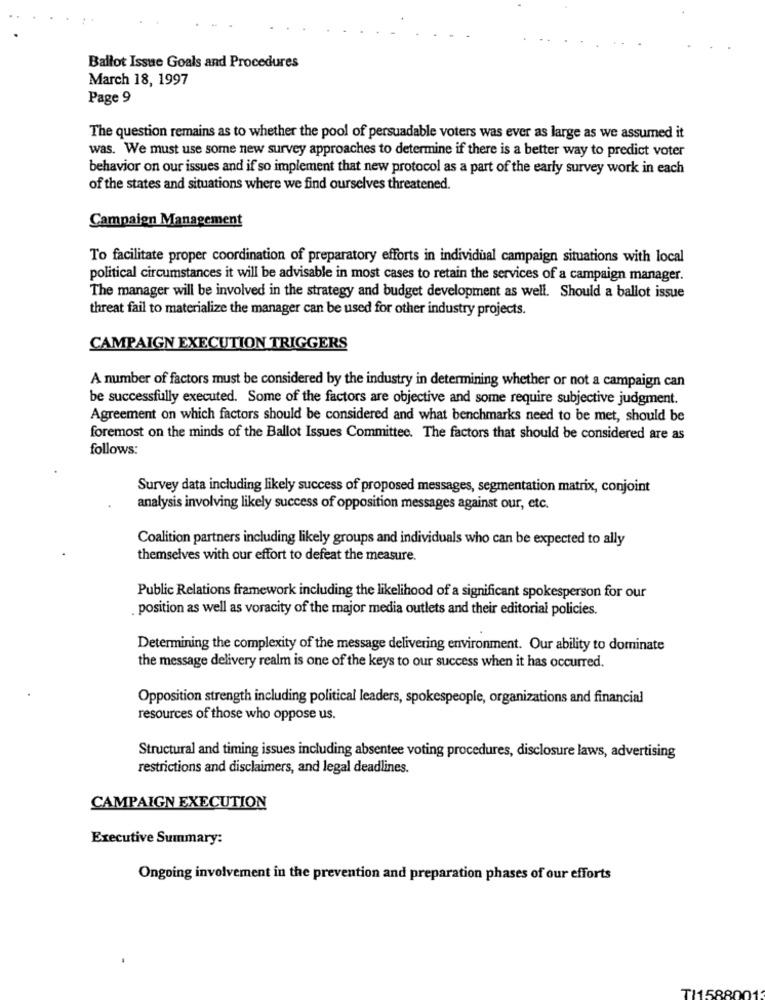
Ballot Issue Goals and Procedures
March 18, 1997
Page 9
The question remains as to whether the pool of persuadable voters was ever as large as we assumed it
was. We must use some new survey approaches to determine if there is a better way to predict voter
behavior on our issues and if so implement that new protocol as a part of the early survey work in each
of the states and situations where we find ourselves threatened.
Campaign Management
To facilitate proper coordination of preparatory efforts in individual campaign situations with local
political circumstances it will be advisable in most cases to retain the services of a campaign manager.
The manager will be involved in the strategy and budget development as well. Should a ballot issue
threat fail to materialize the manager can be used for other industry projects.
CAMPAIGN EXECUTION TRIGGERS
A number of factors must be considered by the industry in determining whether or not a campaign can
be successfully executed. Some of the factors are objective and some require subjective judgment.
Agreement on which factors should be considered and what benchmarks need to be met, should be
foremost on the minds of the Ballot Issues Committee. The factors that should be considered are as
follows:
Survey data including likely success of proposed messages, segmentation matrix, conjoint
analysis involving likely success of opposition messages against our, etc.
Coalition partners including likely groups and individuals who can be expected to ally
themselves with our effort to defeat the measure.
Public Relations framework including the likelihood of a significant spokesperson for our
. position as well as voracity of the major media outlets and their editorial policies.
Determining the complexity of the message delivering environment. Our ability to dominate
the message delivery realm is one of the keys to our success when it has occurred.
Opposition strength including political leaders, spokespeople, organizations and financial
resources of those who oppose us.
Structural and timing issues including absentee voting procedures, disclosure laws, advertising
restrictions and disclaimers, and legal deadlines.
CAMPAIGN EXECUTION
Executive Summary:
Ongoing involvement in the prevention and preparation phases of our efforts
TI15